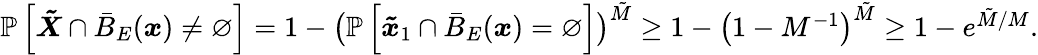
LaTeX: \begin{array}{r}{\mathbb{P}\left[\boldsymbol{\tilde{X}}\cap\bar{B}_{E}(\boldsymbol{x})\neq\varnothing\right]=1-\big(\mathbb{P}\left[\boldsymbol{\tilde{x}}_{1}\cap\bar{B}_{E}(\boldsymbol{x})=\varnothing\right]\big)^{\tilde{M}}\ge 1-\left(1-M^{-1}\right)^{\tilde{M}}\ge 1-e^{\tilde{M}/M}.}\end{array}